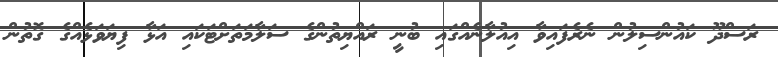
ރަސްދޫ ކައުންސިލުން ނެރެފައިވާ އިއުލާނެއްގައި ބުނީ ރައްޔިތުންގެ ސަލާމަތަށްޓަކައި އަޅާ ފިޔަވަޅެއްގެ ގޮތުން